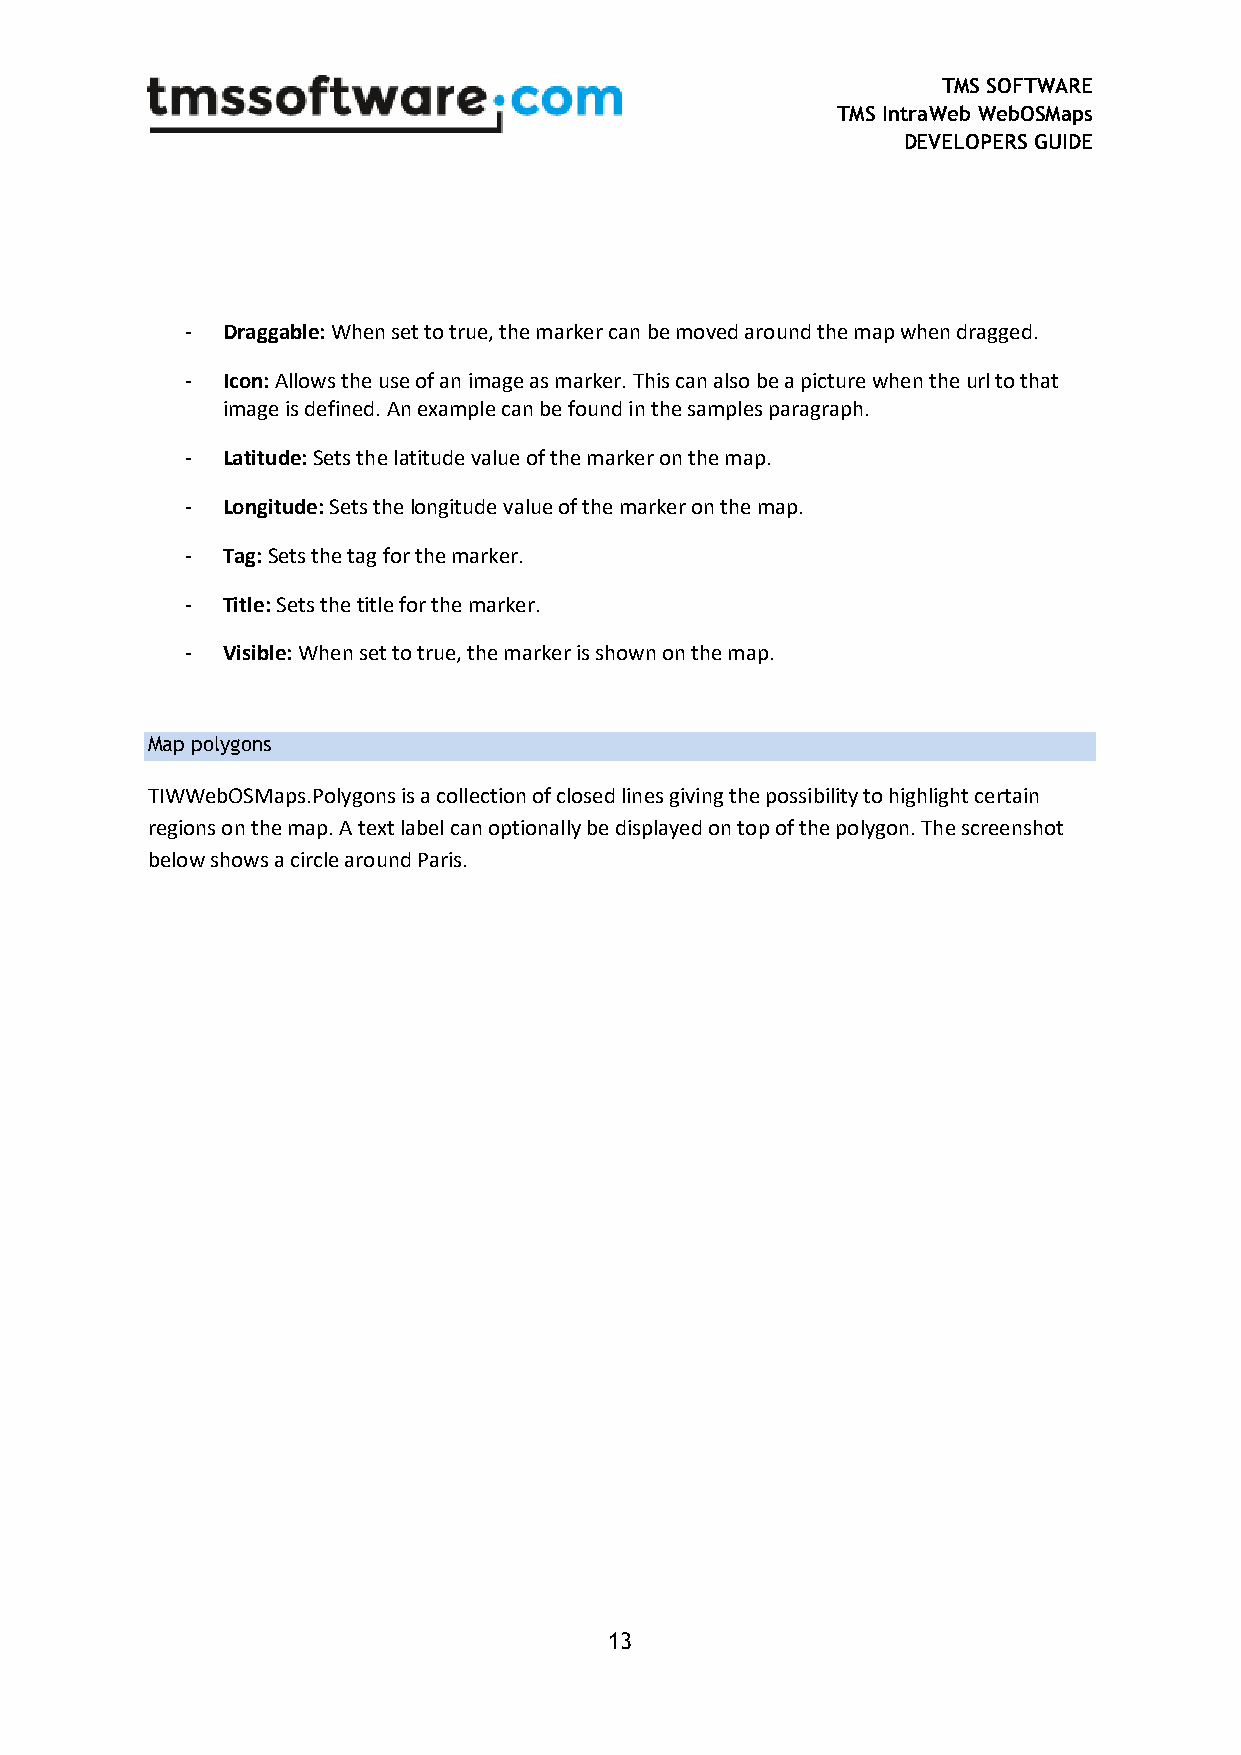
TMS SOFTWARE
 TMS IntraWeb WebOSMaps
 DEVELOPERS GUIDE
 -  Draggable: When set to true, the marker can be moved around the map when dragged.
 -  Icon: Allows the use of an image as marker. This can also be a picture when the url to that
 image is defined. An example can be found in the samples paragraph.
 -  Latitude: Sets the latitude value of the marker on the map.
 -  Longitude: Sets the longitude value of the marker on the map.
 -  Tag: Sets the tag for the marker.
 -  Title: Sets the title for the marker.
 -  Visible: When set to true, the marker is shown on the map.
 Map polygons
 TIWWebOSMaps.Polygons is a collection of closed lines giving the possibility to highlight certain
 regions on the map. A text label can optionally be displayed on top of the polygon. The screenshot
 below shows a circle around Paris.
 13